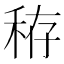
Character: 𥞘